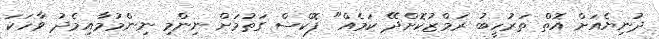
ދުނިޔެއަށް އޮތް ތަރުހީބު ރަމްޒުކޮށްދޭ ކަމެއް" ފޮކްސް ގަތުމަށް ނިންމި ނިންމުމާއިމެދު ވާހަކަ